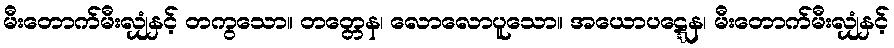
မီးတောက်မီးလျှံနှင့် တကွသော။ တတ္တေန၊ လောလောပူသော။ အယောပဋ္ဋေန၊ မီးတောက်မီးလျှံနှင့်